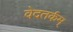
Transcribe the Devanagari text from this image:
वेदतर्कम्